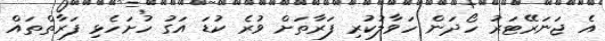
އެ ޖަނަރޭޓަރު ހޯދަން ހަވާލުކުރި ފަރާތަށް ވުރެ ކުޑަ އަގު ހުށަހެޅި ފަރާތްތައް